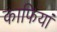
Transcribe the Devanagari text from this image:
काफियां